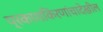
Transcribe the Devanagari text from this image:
प्रकाशकिरणांचादेखील